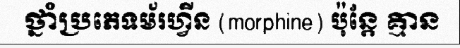
ថ្នាំប្រភេទម័រហ្វីន (morphine) ប៉ុន្តែ គ្មាន